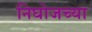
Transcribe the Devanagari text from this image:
निघोजच्या